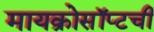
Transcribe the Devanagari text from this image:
मायक्रोसॉप्टची